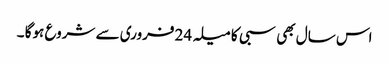
اس سال بھی سبی کا میلہ 24 فروری سے شروع ہوگا ۔